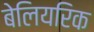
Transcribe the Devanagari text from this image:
बेलियरिक